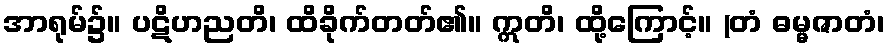
အာရုမ်၌။ ပဋိဟညတိ၊ ထိခိုက်တတ်၏။ ဣတိ၊ ထို့ကြောင့်။ (တံ ဓမ္မဇာတံ၊